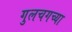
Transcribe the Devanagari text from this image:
गुलचगच्या